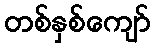
တစ်နှစ်ကျော်